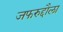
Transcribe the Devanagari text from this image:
जफरुद्दौला